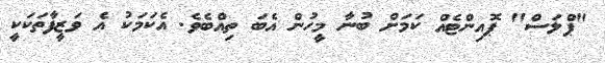
"ޕްލަސް" ޕޮއިންޓެއް ކަމަށް ބުނާ މީހުން އެބަ ތިއްބެވެ. އެކަމަކު އެ ވަޒީފާތަކަކީ